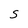
Character: S